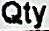
QTY